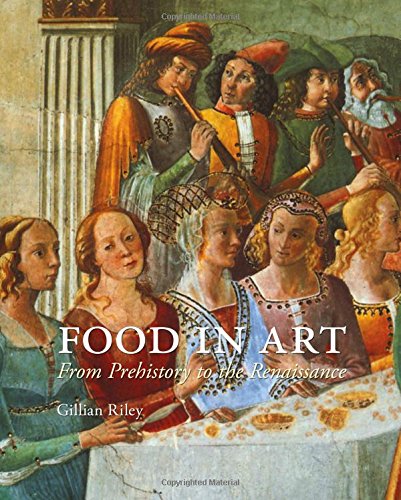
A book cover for Food in Art: From Prehistory to the Renaissance; Gillian Riley; History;